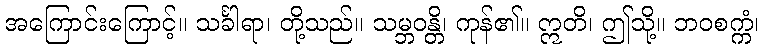
အကြောင်းကြောင့်။ သင်္ခါရာ၊ တို့သည်။ သမ္ဘဝန္တိ၊ ကုန်၏။ ဣတိ၊ ဤသို့။ ဘဝစက္ကံ၊